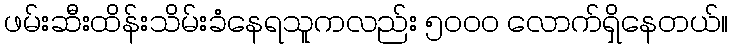
ဖမ်းဆီးထိန်းသိမ်းခံနေရသူကလည်း ၅၀၀၀ လောက်ရှိနေတယ်။